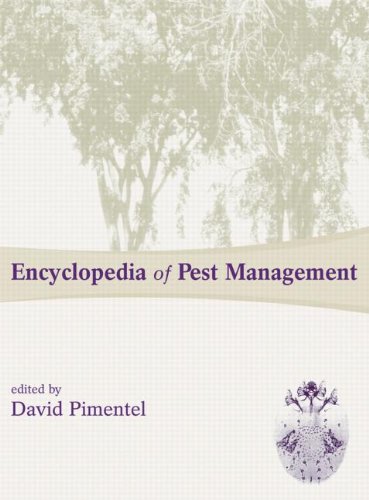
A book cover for Encyclopedia of Pest Management; Crafts, Hobbies & Home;